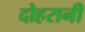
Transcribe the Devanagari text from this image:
दोहरानी